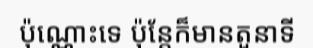
ប៉ុណ្ណោះទេ ប៉ុន្តែក៏មានតួនាទី